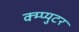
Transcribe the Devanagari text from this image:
क्म्प्युटर